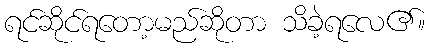
ရင်ဆိုင်ရတော့မည်ဆိုတာ သိခဲ့ရလေ၏။